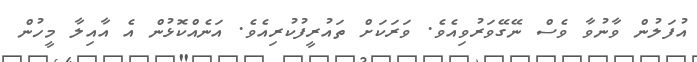
އުފަލުން ވާނުވާ ވެސް ނޭގޭވަރުވިއެވެ. ވަރަކަށް ތައުރީފުކުރިއެވެ. އަނެއްކޮޅުން އެ އާއިލާ މީހުން